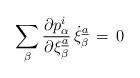
LaTeX: \begin{align*}\sum_{\beta}{\partial p_{\alpha}\sp{{i}}\over \partial \xi_{\beta}\sp{\underline{a}}}\,\dot \xi_{\beta}\sp{\underline{a}}\,=\,0\end{align*}